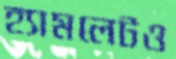
হ্যামলেটও